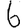
Digit: 6